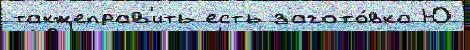
такжеправ'ить есть загото́вка Ю